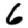
Digit: 6